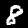
Label: 8